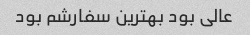
عالی بود بهترین سفارشم بود